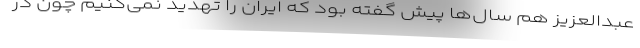
عبدالعزیز هم سال‌ها پیش گفته بود که ایران را تهدید نمی‌کنیم چون در